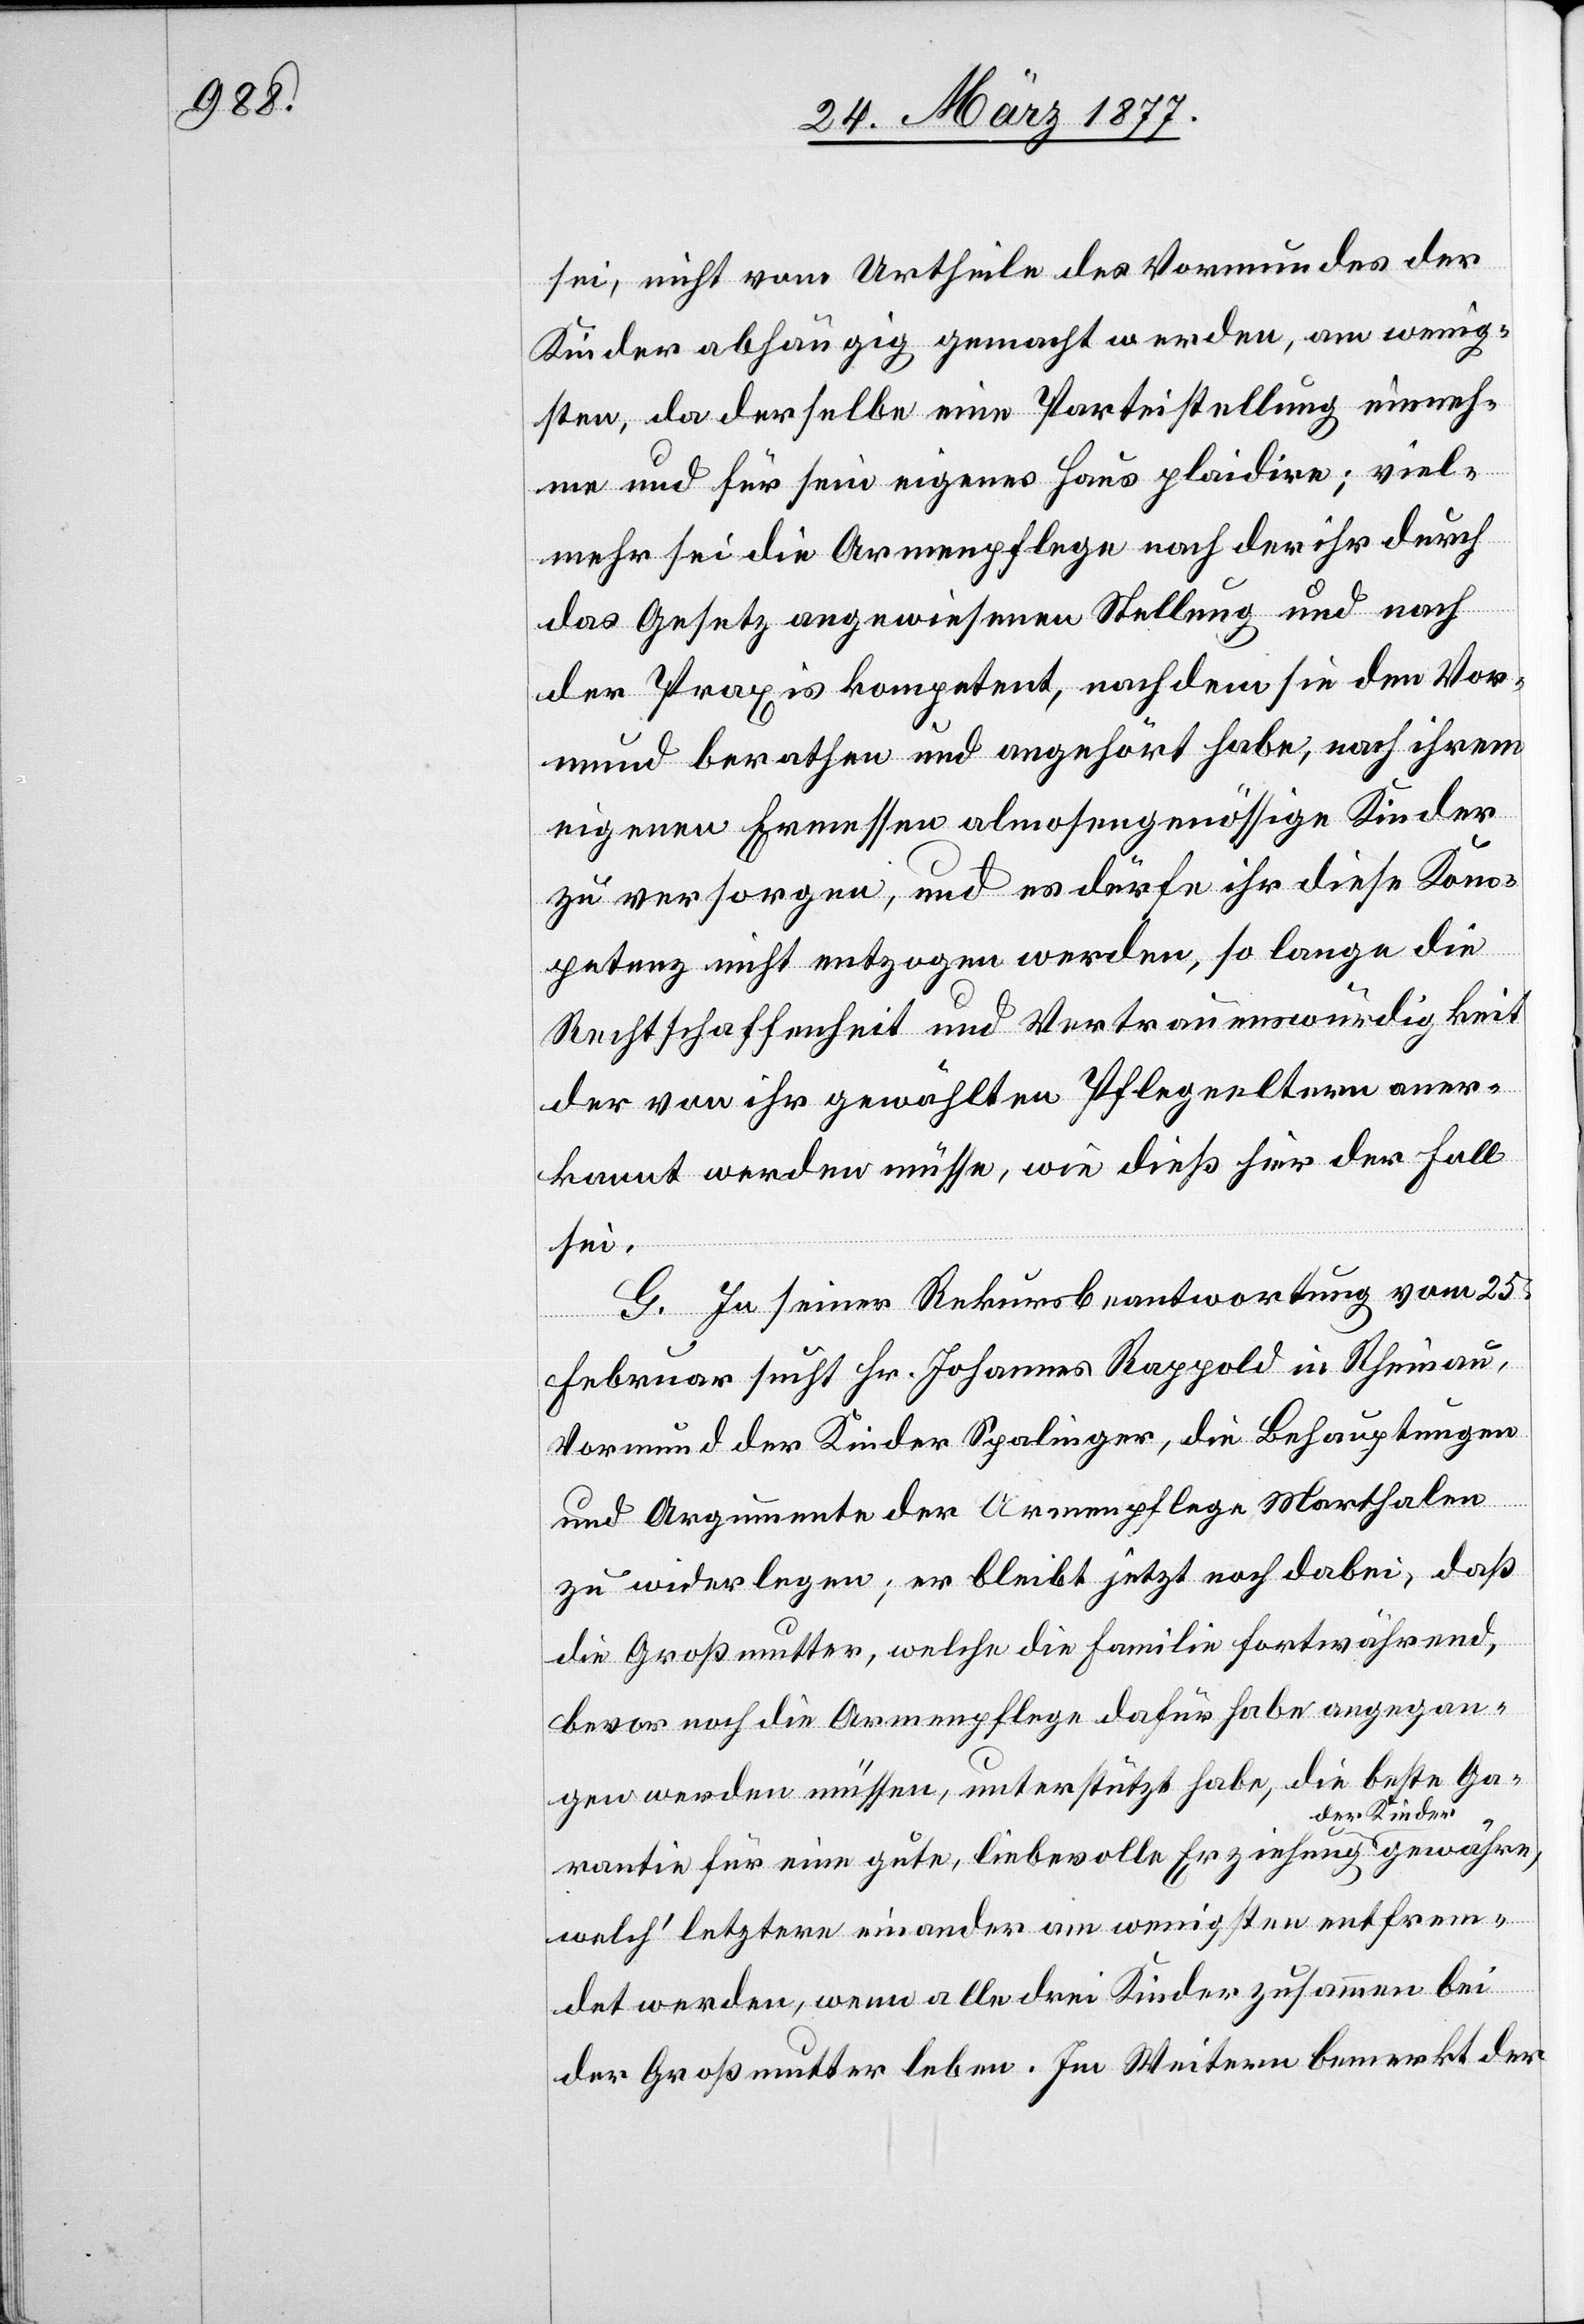
sei, nicht vom Urtheile des Vormundes der
Kinder abhängig gemacht werden, am wenig¬
sten, da derselbe eine Parteistellung einneh¬
me und für sein eigenes Haus plaidire; viel¬
mehr sei die Armenpflege nach der ihr durch
das Gesetz angewiesenen Stellung und nach
der Praxis kompetent, nachdem sie den Vor¬
mund berathen und angehört habe, nach ihrem
eigenen Ermessen almosengenössige Kinder
zu versorgen, und es dürfe ihr diese Kom¬
petenz nicht entzogen werden, so lange die
Rechtschaffenheit und Vertrauenswürdigkeit
der von ihr gewählten Pflegeeltern aner¬
kannt werden müsse, wie dieß hier der Fall
sei.
G. In seiner Rekursbeantwortung vom 25.
Februar sucht Hr. Johannes Rappold in Rheinau,
Vormund der Kinder Spalinger, die Behauptungen
und Argumente der Armenpflege Marthalen
zu widerlegen; er bleibt jetzt noch dabei, daß
die Großmutter, welche die Familie fortwährend,
bevor noch die Armenpflege dafür habe angegan¬
gen werden müssen, unterstützt habe, die beste Ga¬
rantie für eine gute, liebevolle Erziehung der
welch’ letztere einander am wenigsten entfrem¬
det werden, wenn alle drei Kinder zusammen bei
der Großmutter leben. Im Weitern bemerkt der